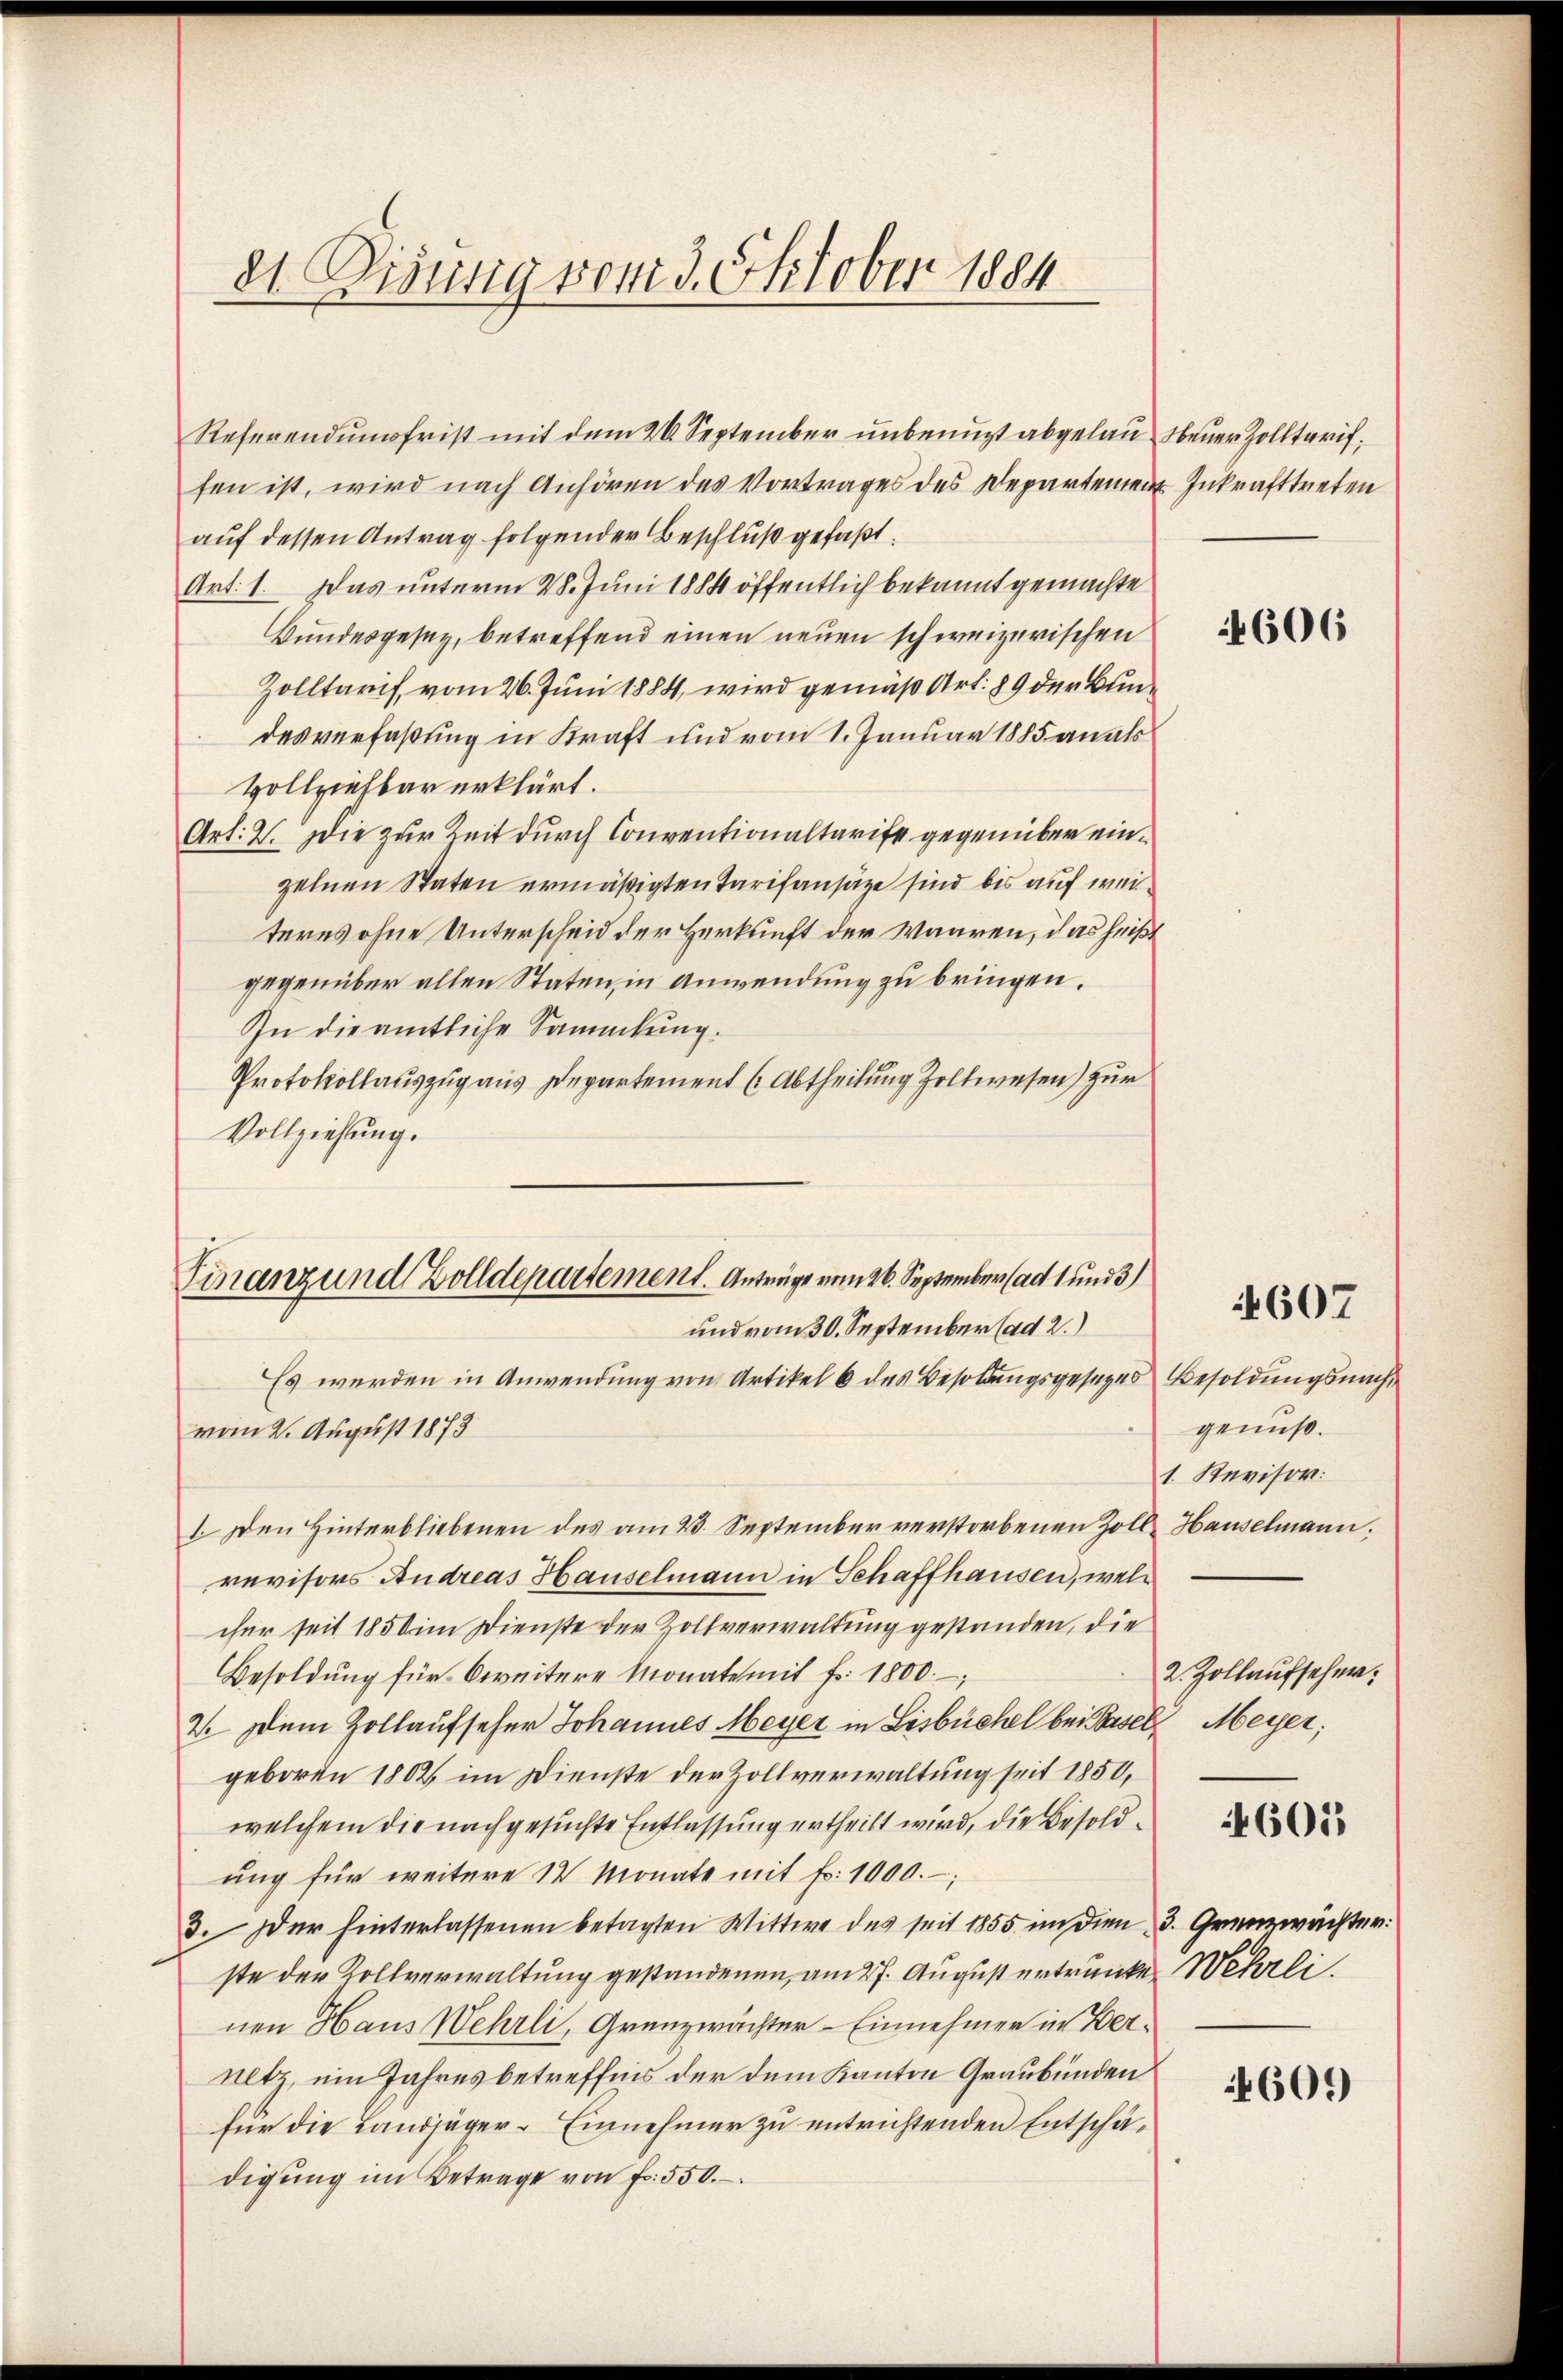
21. Diensig vom 3. Oktober 1884

fen ist, wird nach Anhören des Vortrages des Departement Inkrafttreten
auf dessen Antrag folgender Beschluß gefaßt.
Art: 1. Das unterm 28. Juni 1884 öffentlich bekannt gemachte
Bundesgesey, betreffend einen neuen schweizerischen
Zolltarif, vom 26. Juni 1884, wird gemäß Art. 89 der Bundesverfaßung in Kraft und vom 1. Januar 1885 an als
Vollziehbar erklärt.
Art: 2. Die zur Zeit durch Conventionaltarife gegenüber einzelnen Staten ermäßigten Tarifansätze sind bis auf weiteres ohne Unterscheid der Herkunft der Waaren, das heißt
gegenüber allen Staten, in Anwendung zu bringen.
In die amtliche Sammlung.
Protokollauszug aus Departement (Abtheilung Zollwesen) zur
Vollziehung.
Es werden in Anwendung von Artikel 6 des Besoldungsgesetzes Besoldungsnach
vom 2. August 1873
1. Den Hinterbliebenen des am 4. September verstorbenen Zoll Hauselmann.
revisors Andreas Hauselmann in Schaffhausen, welcher seit 1850 im Dienste der Zollverwaltung gestanden, die
Besoldŭng für weitere Monate mit fr. 1800.
2. Dem Zollaufseher Johannes Meyer in Lisbüchel bei Basel, Meyer;
geboren 1802, im Dienste der Zollverwaltung seit 1850,
welchem die nachgesuchte Entlassung ertheilt wird, die Besoldung für weitere 12 Monate mit Fr. 1000.
3. Der hinterlassenen betagten Wittwe des seit 1855 in dien 3. Grenzwächter.
ste der Kollverwaltung gestandenen, am 27. August ertrunken Wehrli
nen Haus Wehrli, Granzwächter - Einnehmer in Ver¬
Altz, ein Jahresbetreffnis der dem Kanton Graubünden
für die Landjäger-Einnehmer zu entrichtenden Entschädigŭng im Betrage von fr. 550.

Referendungsfrist mit dem 20 September unbenutzt abgelau steuer Zolltarif

Finanz und Zolldepartement. Anträge vom 26. September (ad 1 und 3/
und vom 30. September (ad 2.)

4606

4607

genuß.
1. Revisor:
2. Zollaufseher:

4601

4609